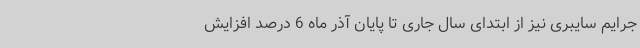
جرایم سایبری نیز از ابتدای سال جاری تا پایان آذر ماه 6 درصد افزایش